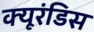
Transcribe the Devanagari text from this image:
क्यूरंडिस